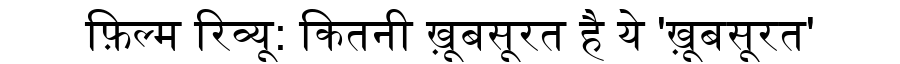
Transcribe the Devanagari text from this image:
फ़िल्म रिव्यू: कितनी ख़ूबसूरत है ये 'ख़ूबसूरत'